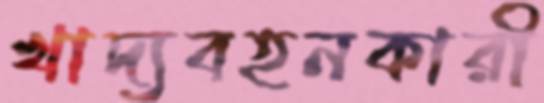
খাদ্যবহনকারী